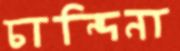
চান্দিনা